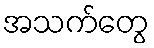
အသက်တွေ